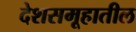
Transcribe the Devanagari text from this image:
देशसमूहातील